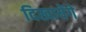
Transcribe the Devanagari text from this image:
दिखायेंगे